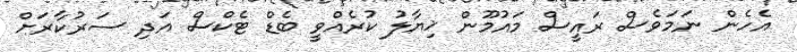
އެހެން ނަމަވެސް ރައީސް މައުމޫން ޚިޔާލު ކުރެއްވީ ބެޑް ޓެކްސް އަދި ސަރުކާރަށް